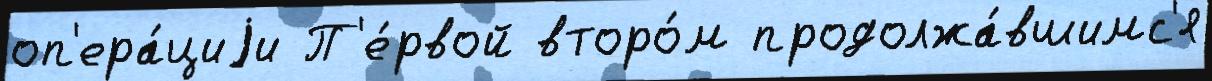
оп'ера́циjи П'е́рвой второ́м продолжа́вшимс'я